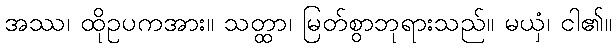
အဿ၊ ထိုဥပကအား။ သတ္ထာ၊ မြတ်စွာဘုရားသည်။ မယှံ၊ ငါ၏။